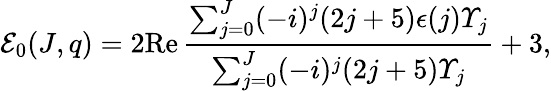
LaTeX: {\cal E}_{0}(J,q)=2\mathrm{Re}\, \frac{\sum_{j=0}^{J}(-i)^{j}(2j+5)\epsilon(j){\mit\Upsilon}_{j}}{\sum_{j=0}^{J}(-i)^{j}(2j+5){\mit\Upsilon}_{j}}+3,